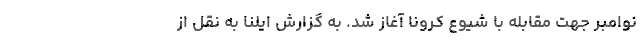
نوامبر جهت مقابله با شیوع کرونا آغاز شد. به گزارش ایلنا به نقل از